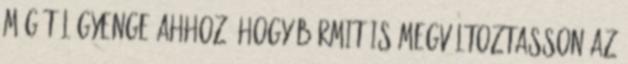
még túl gyenge ahhoz, hogy bármit is megváltoztasson az